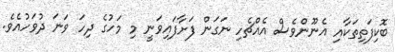
ބޮކިފަތިތަކާއި އެނޫންވެސް އެއްޗެހި ނަގަން ފަށާފައިވަނީ މި މަހުގެ ދިހަ ވަނަ ދުވަހުއެވެ.